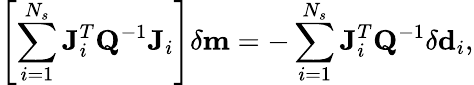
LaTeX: \left[\sum_{i=1}^{N_{s}}\mathbf{J}_{i}^{T}\mathbf{Q}^{-1}\mathbf{J}_{i}\right]\delta\mathbf{m}=-\sum_{i=1}^{N_{s}}\mathbf{J}_{i}^{T}\mathbf{Q}^{-1}\delta\mathbf{d}_{i},